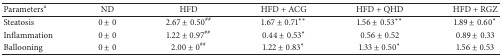
<table><thead><tr><td><b>Parameters<sup>a</sup></b></td><td><b>ND</b></td><td><b>HFD</b></td><td><b>HFD + ACG</b></td><td><b>HFD + QHD</b></td><td><b>HFD + RGZ</b></td></tr></thead><tbody><tr><td>Steatosis</td><td>0 ± 0</td><td>2.67 ± 0.50<sup>##</sup></td><td>1.67 ± 0.71<sup><i>∗∗</i></sup></td><td>1.56 ± 0.53<sup><i>∗∗</i></sup></td><td>1.89 ± 0.60<sup><i>∗</i></sup></td></tr><tr><td>Inflammation</td><td>0 ± 0</td><td>1.22 ± 0.97<sup>##</sup></td><td>0.44 ± 0.53<sup><i>∗</i></sup></td><td>0.56 ± 0.52</td><td>0.89 ± 0.33</td></tr><tr><td>Ballooning</td><td>0 ± 0</td><td>2.00 ± 0<sup>##</sup></td><td>1.22 ± 0.83<sup><i>∗</i></sup></td><td>1.33 ± 0.50<sup><i>∗</i></sup></td><td>1.56 ± 0.53</td></tr></tbody></table>